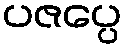
ပဇပ္ပေ